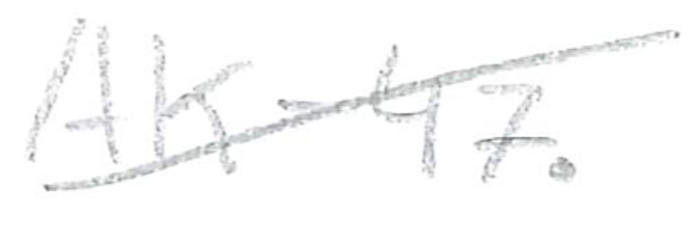
Text: AK-47.
Cross-out: diagonal
Writing tool: pencil